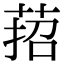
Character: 萔